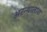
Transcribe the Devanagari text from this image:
अरन्थालावा